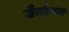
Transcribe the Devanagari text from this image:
ऊँचेपन